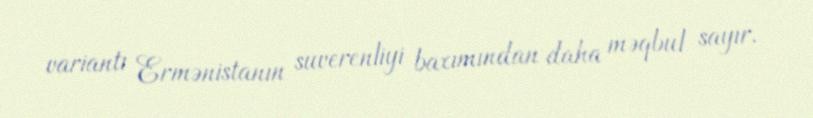
variantı Ermənistanın suverenliyi baxımından daha məqbul sayır.